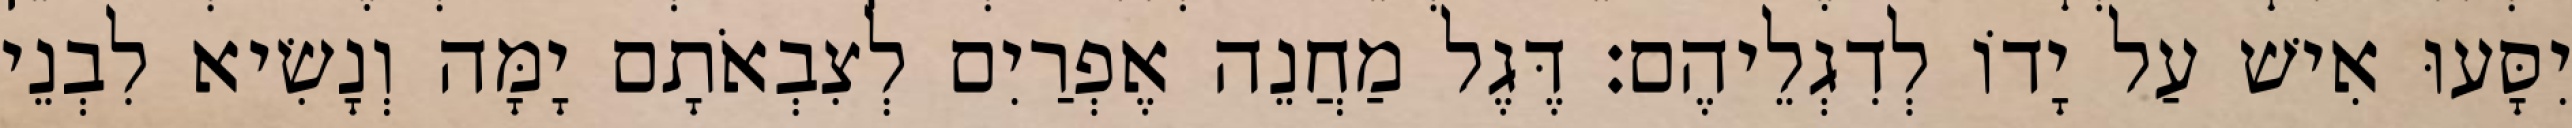
יִסָּעוּ אִישׁ עַל יָדוֹ לְדִגְלֵיהֶם׃ דֶּגֶל מַחֲנֵה אֶפְרַיִם לְצִבְאֹתָם יָמָּה וְנָשִׂיא לִבְנֵי